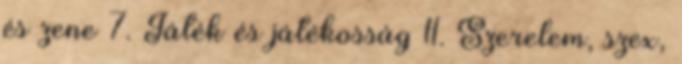
és zene 7. Játék és játékosság 11. Szerelem, szex,